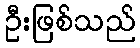
ဦးဖြစ်သည်